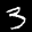
Label: 3